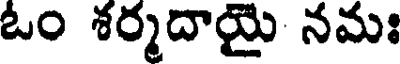
ఓం శర్మదాయై నమః